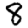
Digit: 8